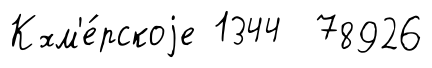
Кхм'е́рскоjе 1344 78926